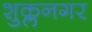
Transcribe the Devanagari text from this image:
शुक्लनगर